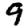
Digit: 9